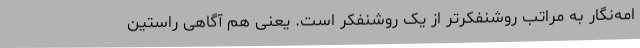
امه‌نگار به مراتب روشنفکرتر از یک روشنفکر است. یعنی هم آگاهی راستین